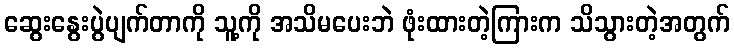
ဆွေးနွေးပွဲပျက်တာကို သူ့ကို အသိမပေးဘဲ ဖုံးထားတဲ့ကြားက သိသွားတဲ့အတွက်